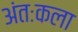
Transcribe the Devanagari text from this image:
अंतःकला